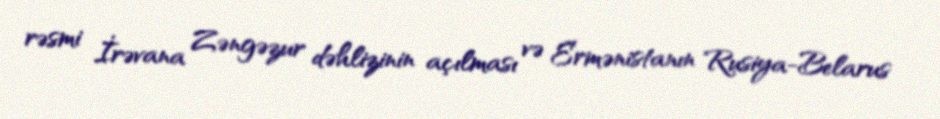
rəsmi İrəvana Zəngəzur dəhlizinin açılması və Ermənistanın Rusiya-Belarus